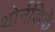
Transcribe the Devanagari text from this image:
थोर्नडिके